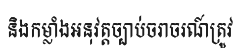
និងកម្លាំងអនុវត្តច្បាប់ចរាចរណ៍ត្រូវ